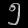
Digit: ၅